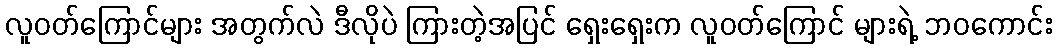
လူဝတ်ကြောင်များ အတွက်လဲ ဒီလိုပဲ ကြားတဲ့အပြင် ရှေးရှေးက လူဝတ်ကြောင် များရဲ့ ဘဝကောင်း